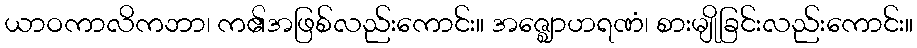
ယာဝကာလိကဘာ၊ က၏အဖြစ်လည်းကောင်း။ အဇ္ဈောဟရဏံ၊ စားမျိုခြင်းလည်းကောင်း။